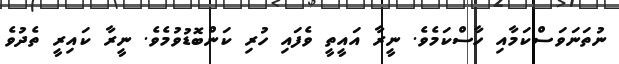
ނުތަނަވަސްކަމާއި ހާސްކަމެވެ. ނީރާ އައީތީ ވެފައި ހުރި ކަންބޮޑުވުމެވެ. ނީރާ ކައިރީ ތެދުވެ